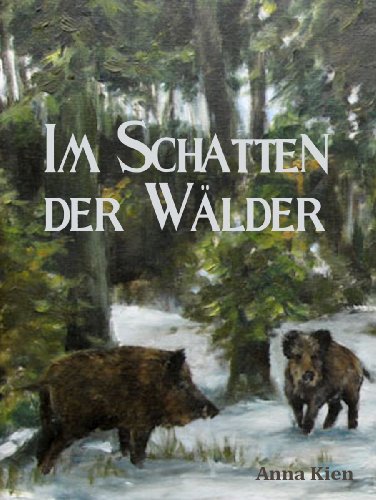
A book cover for Im Schatten der WÃ¤lder - Die Steinzeit-Trilogie: Vorgeschichten (German Edition); Anna Kien; Teen & Young Adult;